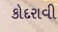
કોદરાવી